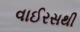
વાઈરસથી